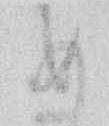
め